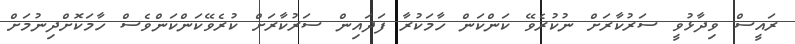
ރައީސް ވިދާޅުވީ ސަރުކާރަށް ނުކުރެވޭ ކަންކަން ހާމަކުރާ ފަދައިން ސަރުކާރަށް ކުރެވޭކަންކަންވެސް ހާމަކޮށްދިނުމަށް